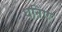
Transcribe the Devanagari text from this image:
धनिए